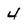
Character: 4